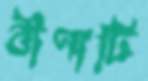
বীণাটি